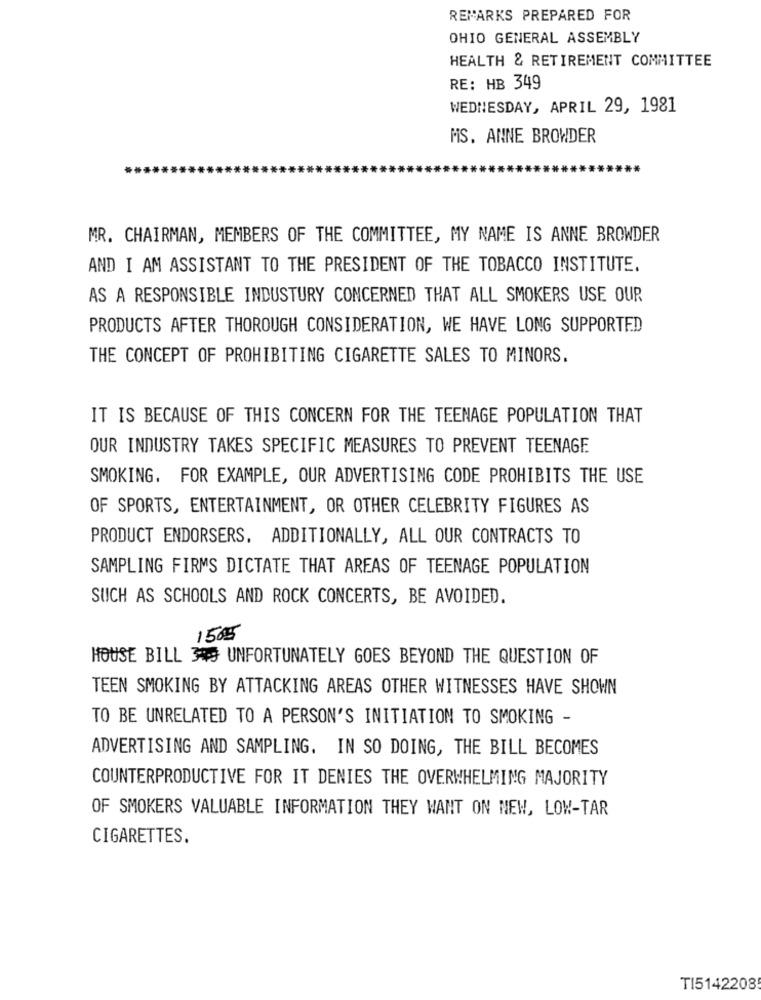
REMARKS PREPARED FOR
OHIO GENERAL ASSEMBLY
HEALTH & RETIREMENT COMMITTEE
RE: HB 349
WEDNESDAY, APRIL 29, 1981
MS. ANNE BROWDER
MR. CHAIRMAN, MEMBERS OF THE COMMITTEE, MY NAME IS ANNE BROWDER
AND I AM ASSISTANT TO THE PRESIDENT OF THE TOBACCO INSTITUTE.
AS A RESPONSIBLE INDUSTURY CONCERNED THAT ALL SMOKERS USE OUR
PRODUCTS AFTER THOROUGH CONSIDERATION, WE HAVE LONG SUPPORTED
THE CONCEPT OF PROHIBITING CIGARETTE SALES TO MINORS.
IT IS BECAUSE OF THIS CONCERN FOR THE TEENAGE POPULATION THAT
OUR INDUSTRY TAKES SPECIFIC MEASURES TO PREVENT TEENAGE
SMOKING. FOR EXAMPLE, OUR ADVERTISING CODE PROHIBITS THE USE
OF SPORTS, ENTERTAINMENT, OR OTHER CELEBRITY FIGURES AS
PRODUCT ENDORSERS. ADDITIONALLY, ALL OUR CONTRACTS TO
SAMPLING FIRMS DICTATE THAT AREAS OF TEENAGE POPULATION
SUCH AS SCHOOLS AND ROCK CONCERTS, BE AVOIDED.
1505
HOUSE BILL UNFORTUNATELY GOES BEYOND THE QUESTION OF
TEEN SMOKING BY ATTACKING AREAS OTHER WITNESSES HAVE SHOWN
TO BE UNRELATED TO A PERSON'S INITIATION TO SMOKING -
ADVERTISING AND SAMPLING. IN SO DOING, THE BILL BECOMES
COUNTERPRODUCTIVE FOR IT DENIES THE OVERWHELMING MAJORITY
OF SMOKERS VALUABLE INFORMATION THEY WANT ON NEW, LOW-TAR
CIGARETTES.
TI5142208